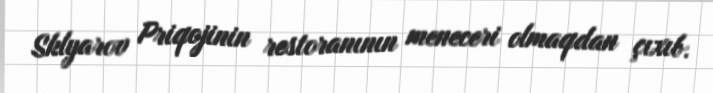
Sklyarov Priqojinin restoranının meneceri olmaqdan çıxıb.